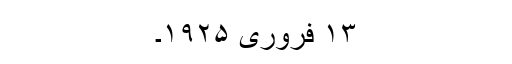
۱۳ فروری ۱۹۲۵۔